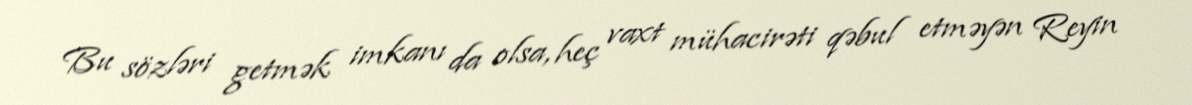
Bu sözləri getmək imkanı da olsa, heç vaxt mühacirəti qəbul etməyən Reyin